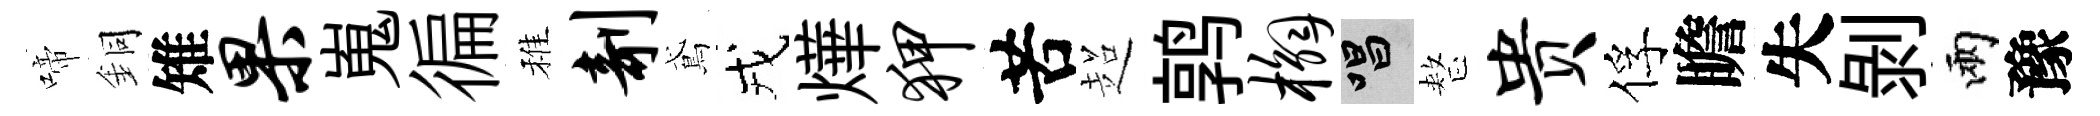
啼銅雉果嵬徧稚剞鳶戎燁狎苦超鹑槲唱整贵俘瞻失剝兩豫